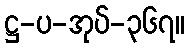
ဋ္ဌ-ပ-အုပ်-၃၆၇။